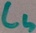
Text: CS